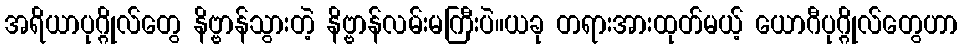
အရိယာပုဂ္ဂိုလ်တွေ နိဗ္ဗာန်သွားတဲ့ နိဗ္ဗာန်လမ်းမကြီးပဲ။ယခု တရားအားထုတ်မယ့် ယောဂီပုဂ္ဂိုလ်တွေဟာ